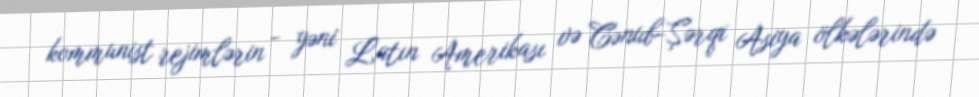
kommunist rejimlərin - yəni Latın Amerikası və Cənub-Şərqi Asiya ölkələrində